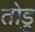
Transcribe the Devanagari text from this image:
तोडु